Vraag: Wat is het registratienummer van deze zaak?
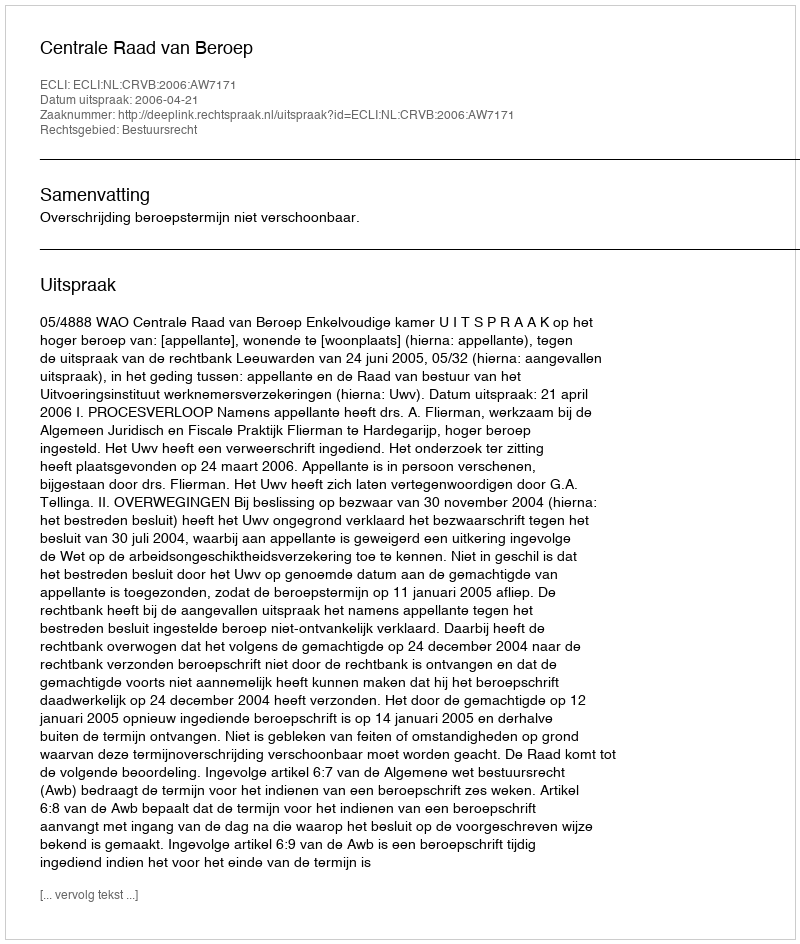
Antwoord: http://deeplink.rechtspraak.nl/uitspraak?id=ECLI:NL:CRVB:2006:AW7171